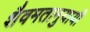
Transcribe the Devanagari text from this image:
शैवमतानुयायी